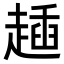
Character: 𧼰